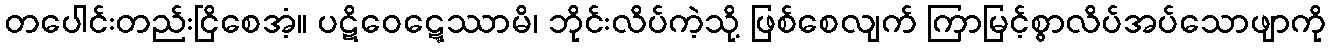
တပေါင်းတည်းငြိစေအံ့။ ပဋိဝေဋ္ဋေဿာမိ၊ ဘိုင်းလိပ်ကဲ့သို့ ဖြစ်စေလျက် ကြာမြင့်စွာလိပ်အပ်သောဖျာကို